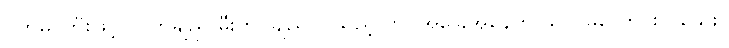
ဝက်မှင်ဘီးဖြင့် တိုက်ချည် မီးကင်ချည် ပြုသည့်တိုင် အခြေအနေက သိပ် မကောင်းလှသေး။